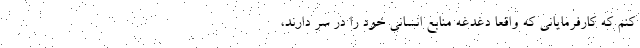
کنم که کارفرمایانی که واقعا دغدغه منابع انسانی خود را در سر دارند،